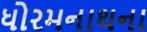
ધોરમનાથના